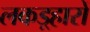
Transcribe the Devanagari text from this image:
लकड़्हारों